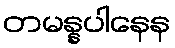
တမန္နပါနေန